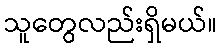
သူတွေလည်းရှိမယ်။